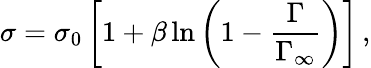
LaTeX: \sigma=\sigma_{0}\left[1+\beta\ln\left(1-\frac{\Gamma}{\Gamma_{\infty}}\right)\right]\, ,